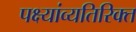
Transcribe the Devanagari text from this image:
पक्ष्यांव्यतिरिक्त